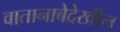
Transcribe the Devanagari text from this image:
वातानाबेदेखील